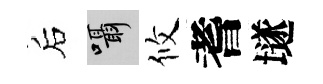
后囁攸耆𡑞